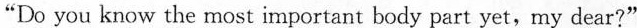
"Do you know the most important body part yet,my dear?"